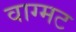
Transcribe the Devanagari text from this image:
वाग्मट